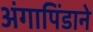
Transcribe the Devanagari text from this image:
अंगापिंडाने